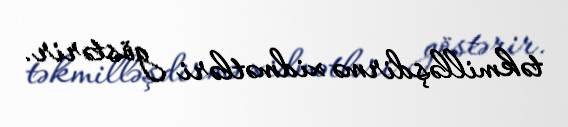
təkmilləşdirmə xidmətləri göstərir.